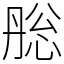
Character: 㥖